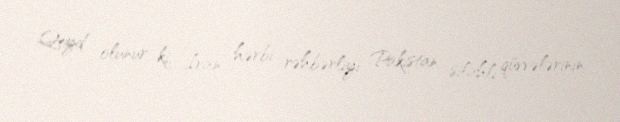
Qeyd olunur ki, İran hərbi rəhbərliyi Pakistan silahlı qüvvələrinin